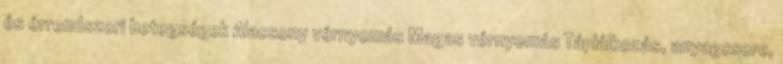
és érrendszeri betegségek Alacsony vérnyomás Magas vérnyomás Táplálkozás, anyagcsere,